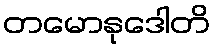
တမောနုဒေါတိ